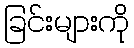
ခြင်းများကို